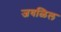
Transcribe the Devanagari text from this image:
जवळिल